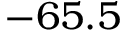
- 6 5 . 5